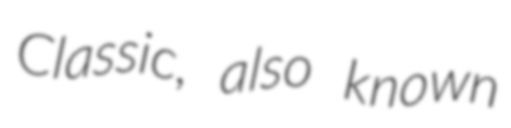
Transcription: Classic, also known